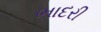
ભાદરી